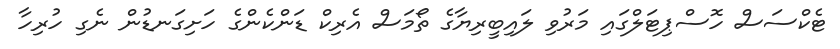
ޓެކްސަސް ހޮސްޕިޓަލްގައި މަރުވި ލައިބީރިޔާގެ ތޯމަސް އެރިކް ޑަންކެންގެ ހަށިގަނޑުން ނެގި ހުރިހާ